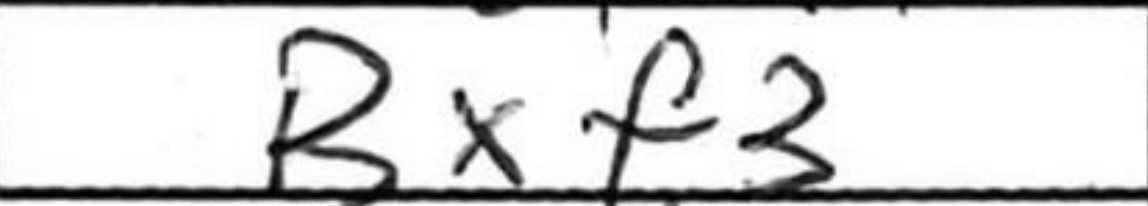
Transcription: Bxf3